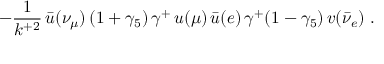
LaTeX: - \frac { 1 } { k ^ { + 2 } } \, { \bar { u } } ( \nu _ { \mu } ) \, ( 1 + \gamma _ { 5 } ) \, \gamma ^ { + } \, u ( \mu ) \, { \bar { u } } ( e ) \, \gamma ^ { + } ( 1 - \gamma _ { 5 } ) \, v ( { \bar { \nu } } _ { e } ) \ .